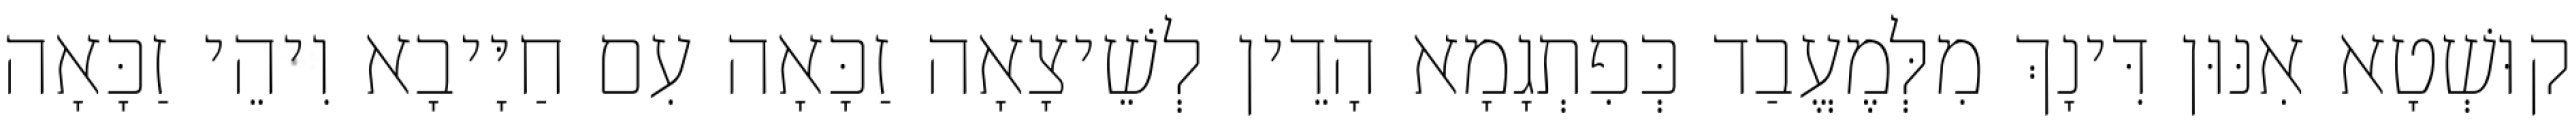
קוּשְׁטָא אִנּוּן דִּינָךְ מִלְּמֶעֱבַד כְּפִתְגָמָא הָדֵין לְשֵׁיצָאָה זַכָּאָה עִם חַיָּיבָא וִיהֵי זַכָּאָה